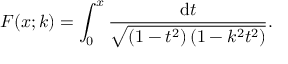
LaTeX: F ( x ; k ) = \int _ { 0 } ^ { x } { \frac { \mathrm { d } t } { \sqrt { \left( 1 - t ^ { 2 } \right) \left( 1 - k ^ { 2 } t ^ { 2 } \right) } } } .